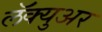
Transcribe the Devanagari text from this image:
लॅक्युअर